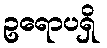
ဥရောပရှိ